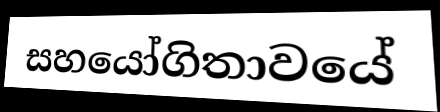
සහයෝගිතාවයේ